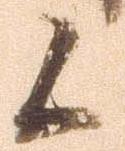
候